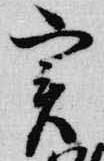
実